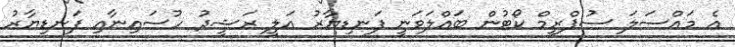
އެ މައްސަލަ ސުޕްރީމް ކޯޓުން ބައްލަވަނީ ފަނޑިޔާރު އަލީ ރަޝީދު ހުސައިނާއި ފަނޑިޔާރު